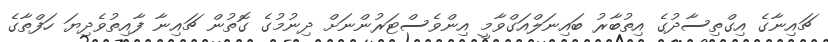
ޗައިނާގެ އިގްތިސާދުގެ އިތުބާރު ބައިނަލްއަގްވާމީ އިންވެސްޓަރުންނަށް ދިނުމުގެ ގޮތުން ޗައިނާ ފާއިތުވެދިޔަ ހަފްތާގެ